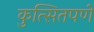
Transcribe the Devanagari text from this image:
कुत्सितपणे